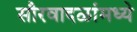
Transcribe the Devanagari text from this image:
सौरवादळांमध्ये